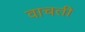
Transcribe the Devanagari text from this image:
वाचती